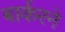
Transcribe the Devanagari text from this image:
बार्करने